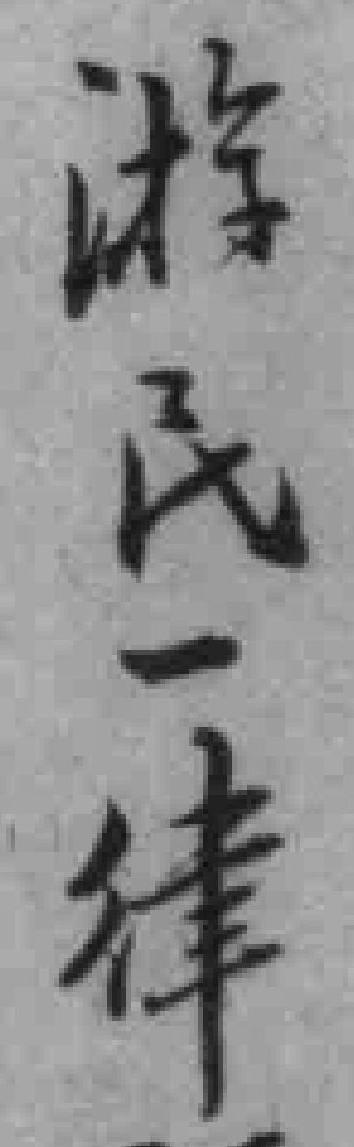
游民一律